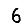
Digit: 6